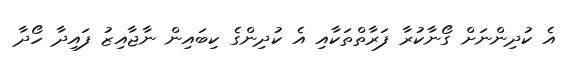
އެ ކުދިންނަށް ގޯނާކުރާ ފަރާތްތަކާއި އެ ކުދިންގެ ކިބައިން ނާޖާއިޒު ފައިދާ ހޯދާ